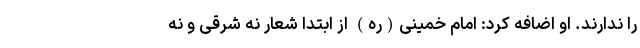
را ندارند. او اضافه کرد: امام خمینی(ره) از ابتدا شعار نه شرقی و نه